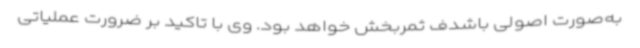
به‌صورت اصولی باشدف ثمربخش خواهد بود. وی با تاکید بر ضرورت عملیاتی